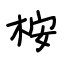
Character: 桉